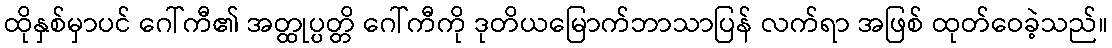
ထိုနှစ်မှာပင် ဂေါ်ကီ၏ အတ္ထုပ္ပတ္တိ ဂေါ်ကီကို ဒုတိယမြောက်ဘာသာပြန် လက်ရာ အဖြစ် ထုတ်ဝေခဲ့သည်။